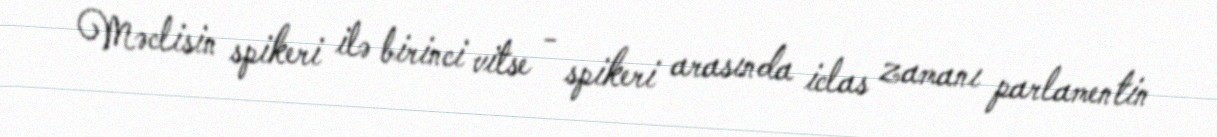
Məclisin spikeri ilə birinci vitse - spikeri arasında iclas zamanı parlamentin